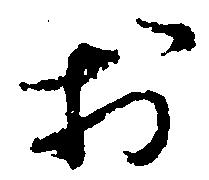
於